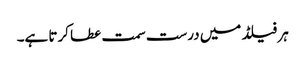
ہر فیلڈ میں درست سمت عطا کرتا ہے۔